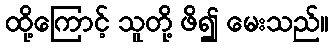
ထို့ကြောင့် သူတို့ ဖိ၍ မေးသည်။